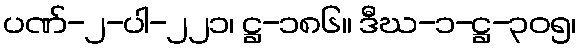
ပဏ်-၂-ပါ-၂၂၁၊ ဋ္ဌ-၁၈၆။ ဒီဃ-၁-ဋ္ဌ-၃၀၅၊